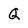
Character: Q